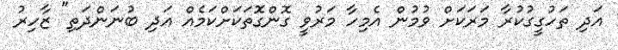
އަދި ތަހުގީގުކުރާ މަރަކަށް ވުމުން އެމިހާ މަރުވީ ގޮންގޮތަކަށްކަމެއް އަދި ބުނަންދަތި" ޒާހިރު